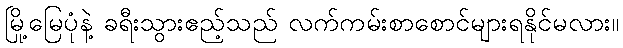
မြို့မြေပုံနဲ့ ခရီးသွားဧည့်သည် လက်ကမ်းစာစောင်များရနိုင်မလား။